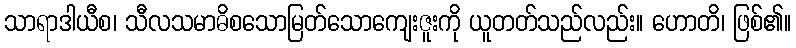
သာရာဒါယီစ၊ သီလသမာဓိစသောမြတ်သောကျေးဇူးကို ယူတတ်သည်လည်း။ ဟောတိ၊ ဖြစ်၏။